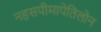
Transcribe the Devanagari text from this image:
नहसपीमापेतिलोन